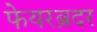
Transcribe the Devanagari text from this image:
फेयरब्रदर